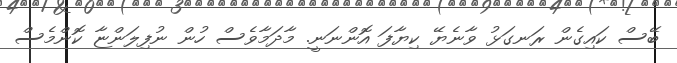
ބޭސް ކައިގެން ރަނގަޅު ވާނެޔޭ ކިޔާފަ އޮންނަނީ. މާދަމާވެސް ހުން ނުފިލަންޏާ ކޮންމެސް